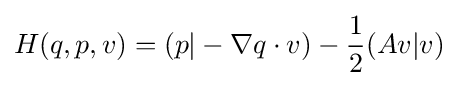
H(q,p,v)=(p|-\nabla q\cdot v)-{\frac {1}{2}}(Av|v)